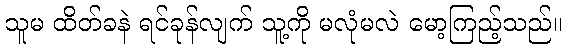
သူမ ထိတ်ခနဲ ရင်ခုန်လျက် သူ့ကို မလုံမလဲ မော့ကြည့်သည်။